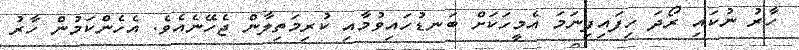
ހާރު ނުކައި ރޯދަ ހިފައިފިނަމަ އެމީހަކަށް ބަނޑުހައިވުމާއި ކުރިމަތިލާން ޖެހޭނެއެވެ. އެހެންކަމުން ހާރު